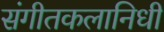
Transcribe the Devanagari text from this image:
संगीतकलानिधी